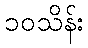
၁၀သိန်း